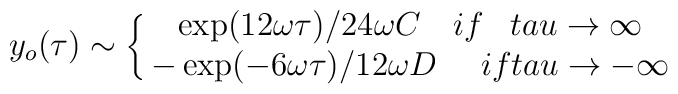
y_{o}(\tau) \sim \left\{ \matrix{ \exp ( 12 \omega \tau)/24 \omega C \ \ \ if \ \\tau \rightarrow \infty \cr - \exp (- 6 \omega \tau)/12 \omega D \ \ \ \  if \ \\tau \rightarrow - \infty \cr} \right.